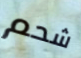
شحم